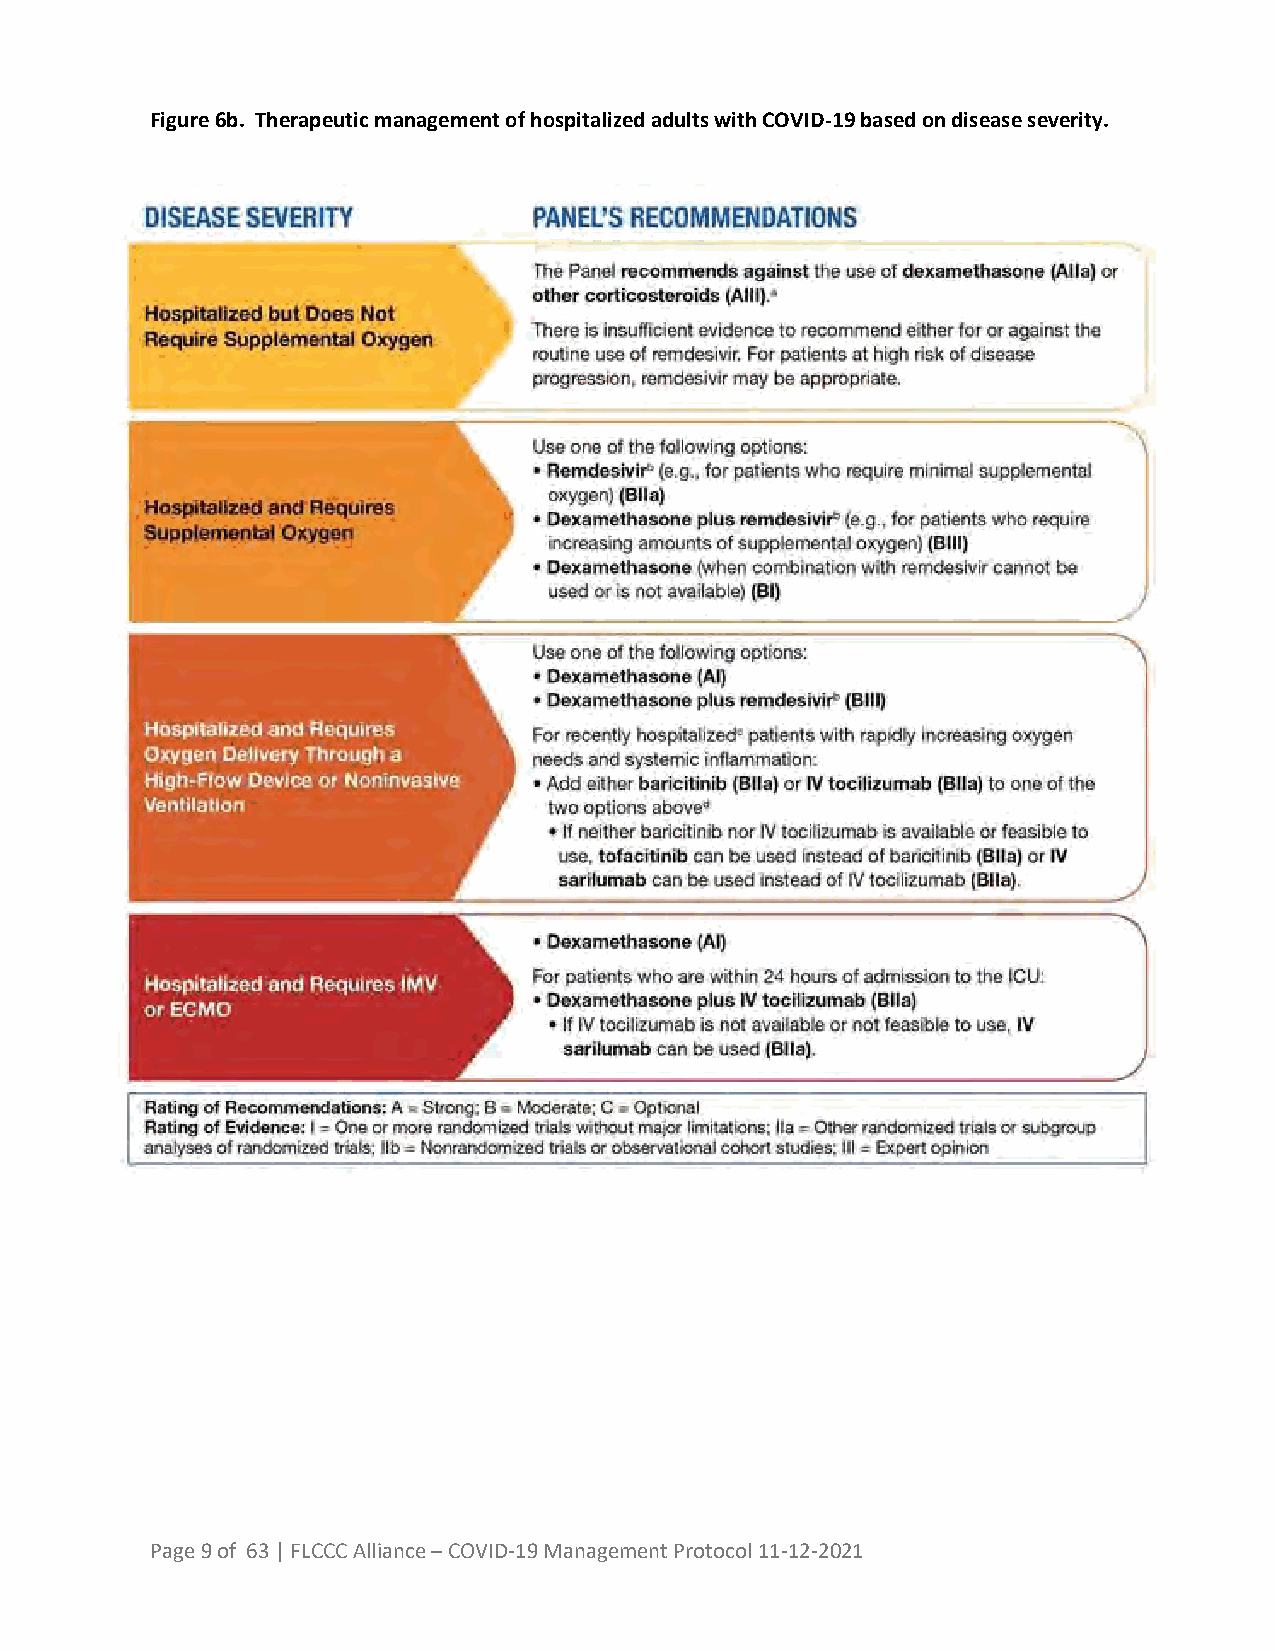
Figure 6b. Therapeutic management of hospitalized adults with COVID-19 based on disease severity.
 Page 9 of 63 | FLCCC Alliance – COVID-19 Management Protocol 11-12-2021